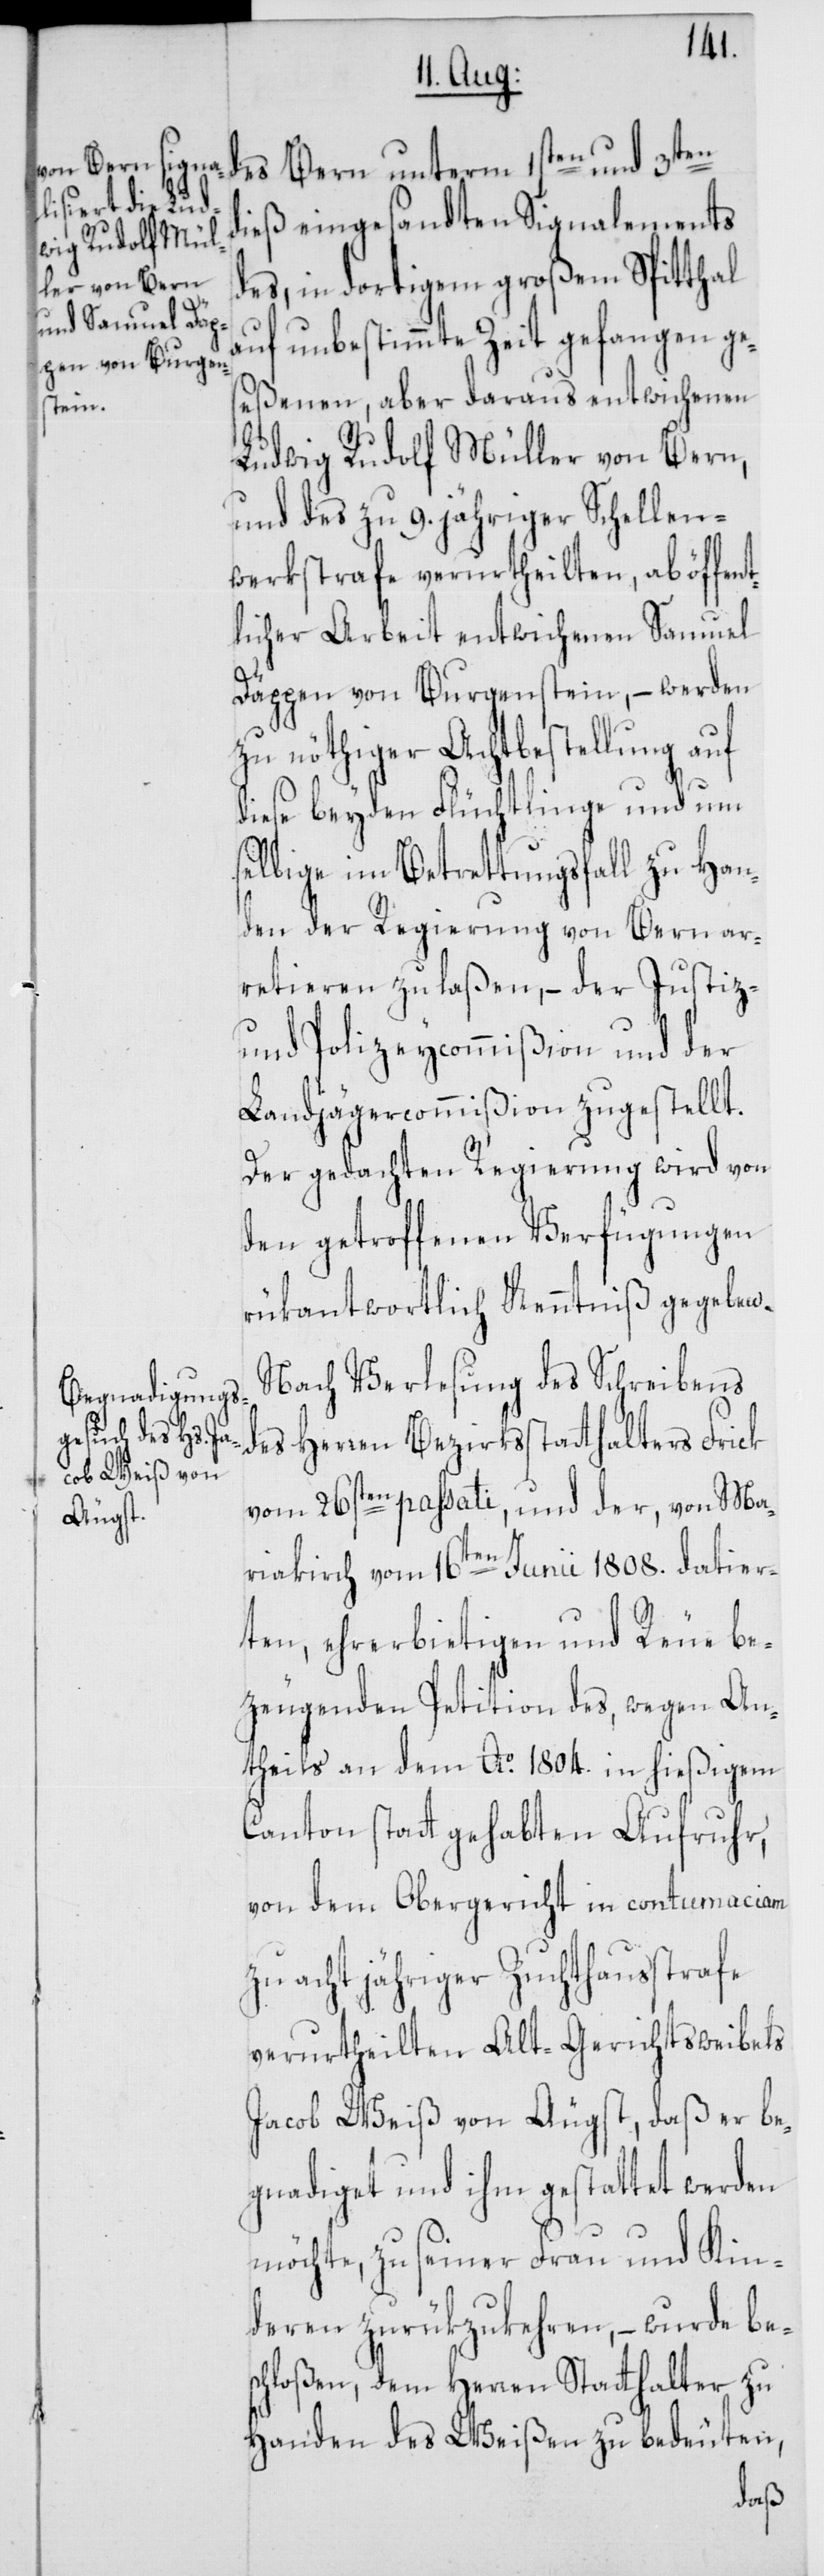
dieß eingesandten Signalements
des, in dortigem großem Spitthal
auf unbestimmte Zeit gefangen ge¬
seßenen, aber daraus entwichenen
Ludwig Rudolf Müller von Bern,
und des zu 9. jähriger Schellen¬
werkstrafe verurtheilten, ab öffen¬
tlicher Arbeit entwichenen Samuel
Däppen von Burgenstein, – werden
zu nöthiger Achtbestellung auf
diese beyden Flüchtlinge und um
selbige im Betrettungsfall zu Han¬
den der Regierung von Bern ar¬
retieren zu laßen, – der Justiz-
und Polizeycommißion und der
Landjägercommißion zugestellt.
Der gedachten Regierung wird von
den getroffenen Verfügungen
rükantwortlich Kenntniß gegeben.
Nach Verlesung des Schreibens
des Herren Bezirksstatthalters Frick
vom 26sten passati, und der, von Ma¬
riakirch vom 16ten Junii 1808. datier¬
ten, ehrerbietigen und Reue be¬
zeugenden Petiton des, wegen An¬
theils an dem Ao. 1804. in hießigem
Canton stattgehabten Aufruhr,
von dem Obergericht in contumaciam
zu acht jähriger Zuchthausstrafe
verurtheilten Alt-Gerichtsweibels
Jacob Weiß von Äugst, daß er be¬
gnadiget und ihm gestattet werden
möchte, zu seiner Frau und Kin¬
deren zurükzukehren, – wurde be¬
schloßen, dem Herren Statthalter zu
Handen des Weißen zu bedeuten,